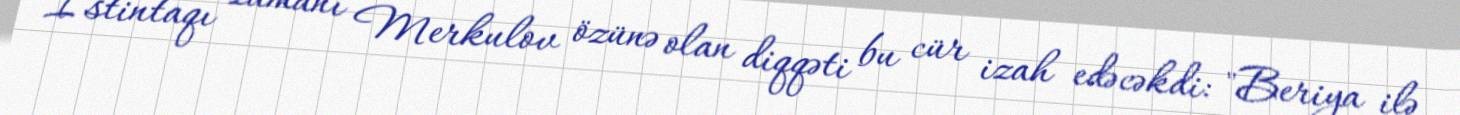
İstintaqı zamanı Merkulov özünə olan diqqəti bu cür izah edəcəkdi: "Beriya ilə